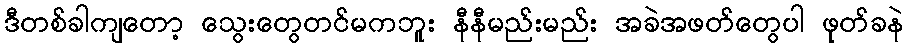
ဒီတစ်ခါကျတော့ သွေးတွေတင်မကဘူး နီနီမည်းမည်း အခဲအဖတ်တွေပါ ဖုတ်ခနဲ